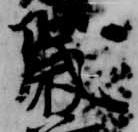
歳